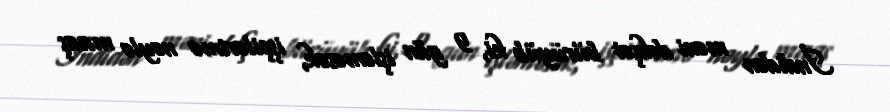
İndidən məni dəhşət bürüyüb ki, 9 gün işləməsək, işçilərimə nəylə maaş